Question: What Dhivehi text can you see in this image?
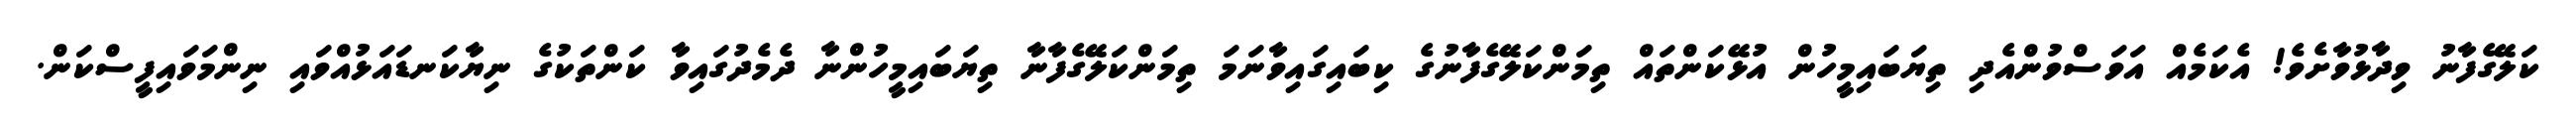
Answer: ކަލޭގެފާނު ވިދާޅުވާށެވެ! އެކަމެއް އަވަސްވުންއެދި ތިޔަބައިމީހުން އުޅޭކަންތައް ތިމަންކަލޭގެފާނުގެ ކިބައިގައިވާނަމަ ތިމަންކަލޭގެފާނާ ތިޔަބައިމީހުންނާ ދެމެދުގައިވާ ކަންތަކުގެ ނިޔާކަނޑައަޅުއްވައި ނިންމަވައިފީސްކަން.